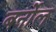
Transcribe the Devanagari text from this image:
बर्नोल